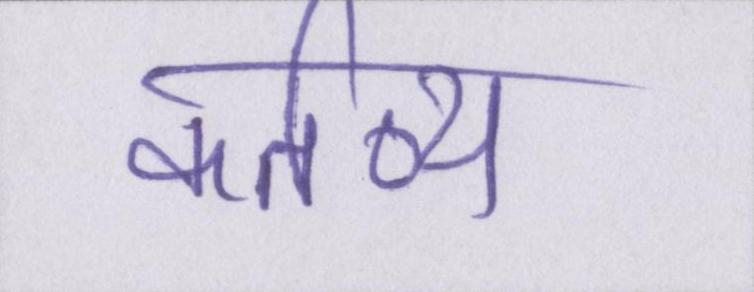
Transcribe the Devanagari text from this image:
कर्तव्य